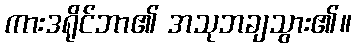
ကားဒရိုင်ဘာ၏ အသုဘချသွား၏။